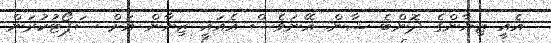
އެއީ ޒިޔާންގެ ދޮންބެ ޝާން. އޭނަވެސް އެއައީ ޒިޔާން އަށް ސަޕޯޓުކުރަން